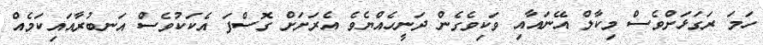
ހަމަ ރަގަޅަށްވެސް މިކާލް އޭނައާއި ވަކިވެގެން ދަނީހެއްޔެވެ އެރަށަށް ގޮސްފަ އެކަކުވެސް އަނބުރާއައިކަމެއް